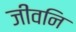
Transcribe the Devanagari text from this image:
जीवनि